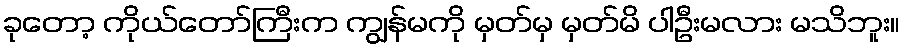
ခုတော့ ကိုယ်တော်ကြီးက ကျွန်မကို မှတ်မှ မှတ်မိ ပါဦးမလား မသိဘူး။